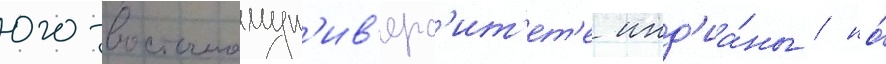
юго-восточномун'ив'ерс'ит'ет'е инд'иа́ны / но́